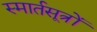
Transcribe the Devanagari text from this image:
स्मार्तसूत्रों